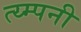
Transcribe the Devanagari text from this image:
त्य्म्पनी